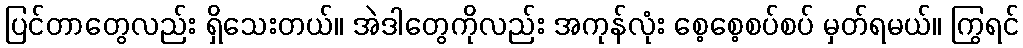
ပြင်တာတွေလည်း ရှိသေးတယ်။ အဲဒါတွေကိုလည်း အကုန်လုံး စေ့စေ့စပ်စပ် မှတ်ရမယ်။ ကြွရင်